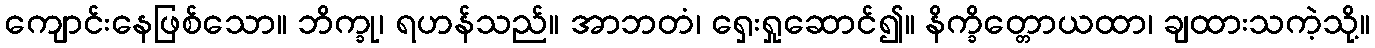
ကျောင်းနေဖြစ်သော။ ဘိက္ခု၊ ရဟန်သည်။ အာဘတံ၊ ရှေးရှုဆောင်၍။ နိက္ခိတ္တောယထာ၊ ချထားသကဲ့သို့။